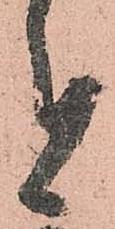
者